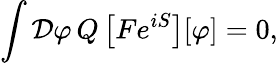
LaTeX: \int{\mathcal{D}}\varphi\, Q\left[Fe^{iS}\right][\varphi]=0,